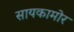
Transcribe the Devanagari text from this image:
सायकामोर